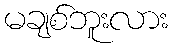
မချစ်ဘူးလား